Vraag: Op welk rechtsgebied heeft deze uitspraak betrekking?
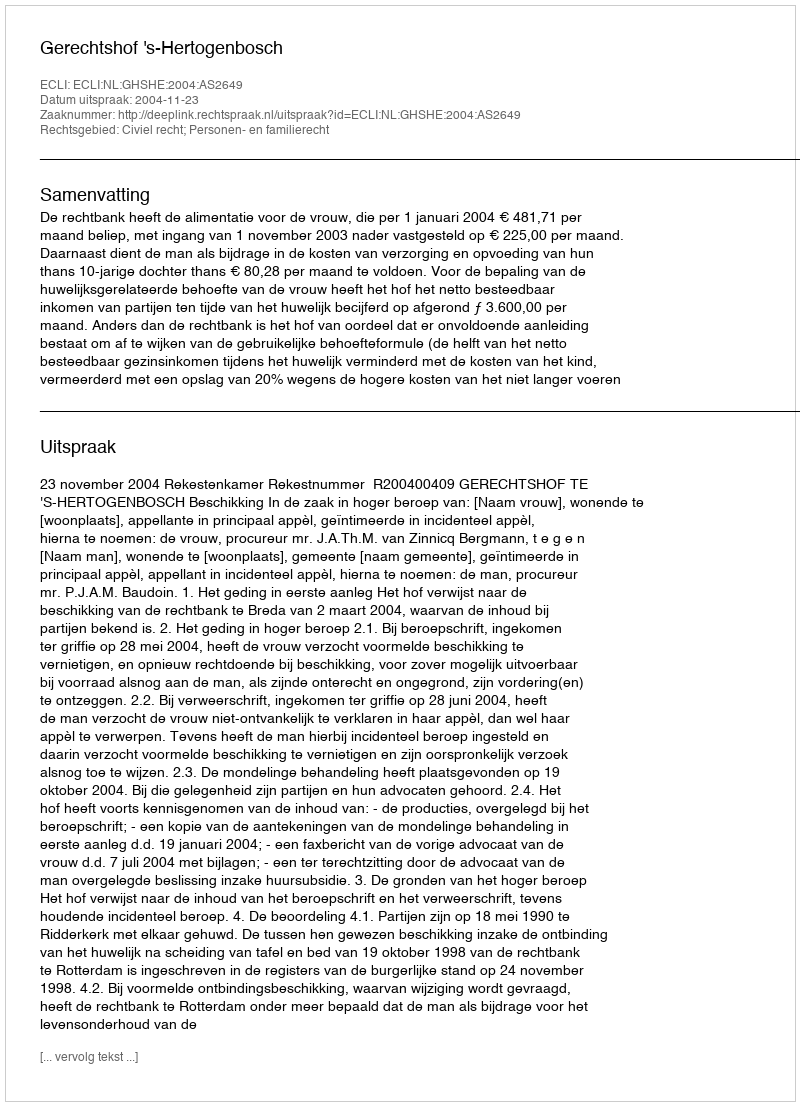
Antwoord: Civiel recht; Personen- en familierecht